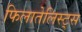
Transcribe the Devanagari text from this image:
फिलातेलिस्ट्स